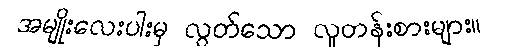
အမျိုးလေးပါးမှ လွတ်သော လူတန်းစားများ။